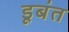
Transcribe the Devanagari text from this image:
डूबंत